Report on the working of the Ranchi Indian Mental Hospital, Kanke, in Bihar and Orissa - 1930-1940
Year: 1930
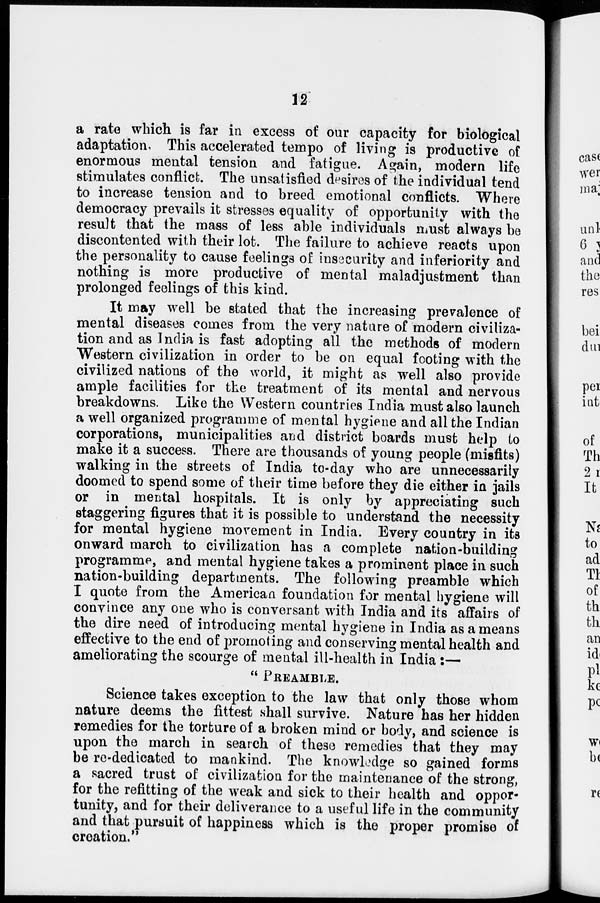
12
a rate which is far in excess of our capacity for biological
adaptation This accelerated tempo of living is productive of
enormous mental tension and fatigue. Again, modern life
stimulates conflict. The unsatisfied desires of the individual tend
to increase tension and to breed emotional conflicts. Where
democracy prevails it stresses equality of opportunity with the
result that the mass of less able individuals must always be
discontented with their lot. The failure to achieve reacts upon
the personality to cause feelings of insecurity and inferiority and
nothing is more productive of mental maladjustment than
prolonged feelings of this kind.
It may well be stated that the increasing prevalence of
mental diseases comes from the very nature of modern civiliza-
tion and as India is fast adopting all the methods of modern
Western civilization in order to be on equal footing with the
civilized nations of the world, it might as well also provide
ample facilities for the treatment of its mental and nervous
breakdowns. Like the Western countries India must also launch
a well organized programme of mental hygiene and all the Indian
corporations, municipalities and district boards must help to
make it a success. There are thousands of young people (misfits)
walking in the streets of India to-day who are unnecessarily
doomed to spend some of their time before they die either in jails
or in mental hospitals. It is only by appreciating such
staggering figures that it is possible to understand the necessity
for mental hygiene movement in India. Every country in its
onward march to civilization has a complete nation-building
programme, and mental hygiene takes a prominent place in such
nation-building departments. The following preamble which
I quote from the American foundation for mental hygiene will
convince any one who is conversant with India and its affairs of
the dire need of introducing mental hygiene in India as a means
effective to the end of promoting and conserving mental health and
ameliorating the scourge of mental ill-health in India :—
" PREAMBLE.
Science takes exception to the law that only those whom
nature deems the fittest shall survive. Nature has her hidden
remedies for the torture of a broken mind or body, and science is
upon the march in search of these remedies that they may
be re-dedicated to mankind. The knowledge so gained forms
a sacred trust of civilization for the maintenance of the strong,
for the refitting of the weak and sick to their health and oppor-
tunity, and for their deliverance to a useful life in the community
and that pursuit of happiness which is the proper promise of
creation.''